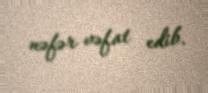
nəfər vəfat edib.